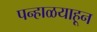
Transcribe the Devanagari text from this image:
पन्हाळयाहून